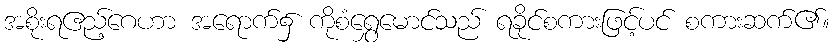
အစိုးရဧည့်ဂေဟာ အရောက်၌ ကိုစံရွှေမောင်သည် ရခိုင်စကားဖြင့်ပင် စကားဆက်၏။